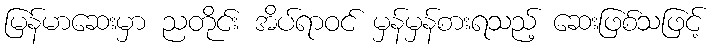
မြန်မာဆေးမှာ ညတိုင်း အိပ်ရာဝင် မှန်မှန်စားရသည့် ဆေးဖြစ်သဖြင့်